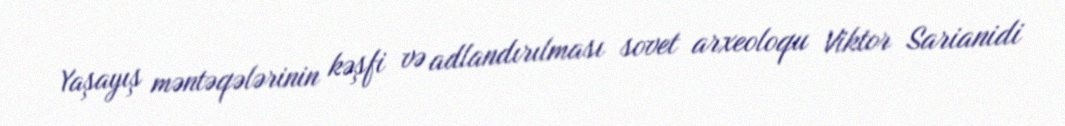
Yaşayış məntəqələrinin kəşfi və adlandırılması sovet arxeoloqu Viktor Sarianidi